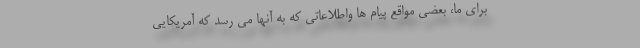
برای ما، بعضی مواقع پیام ها واطلاعاتی که به آنها می رسد که آمریکایی